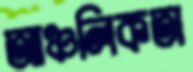
আঞ্চলিকতা